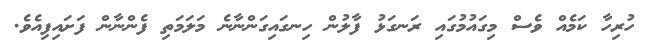
ހުރިހާ ކަމެއް ވެސް މިގައުމުގައި ރަނގަޅު ފާލުން ހިނގައިގަންނާނެ މަލަމަތި ފެންނާން ފަށައިފިއެވެ.